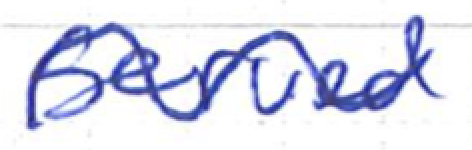
Text: served
Cross-out: wave
Writing tool: ballpoint